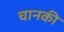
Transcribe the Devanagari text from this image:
चानकी